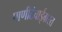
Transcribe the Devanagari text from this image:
पाणीटंचाईग्रस्त